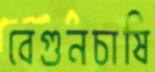
বেগুনচাষি